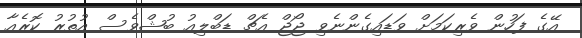
އޭގެ ފަހުން ވެރިކަމަށް ވަޑައިގެންނެވި ޖޯޖް އެޗް ޑަބްލިއު ބުޝްވެސް އުތުރު ކޮރެއާ